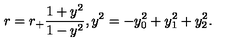
r = r _ { + } \frac { 1 + y ^ { 2 } } { 1 - y ^ { 2 } } , y ^ { 2 } = - y _ { 0 } ^ { 2 } + y _ { 1 } ^ { 2 } + y _ { 2 } ^ { 2 } .